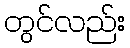
တွင်လည်း